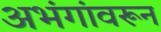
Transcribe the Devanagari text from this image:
अभंगांवरून